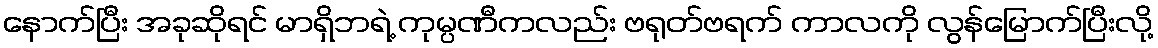
နောက်ပြီး အခုဆိုရင် မာရှိဘရဲ့ ကုမ္ပဏီကလည်း ဗရုတ်ဗရက် ကာလကို လွန်မြောက်ပြီးလို့